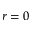
r = 0